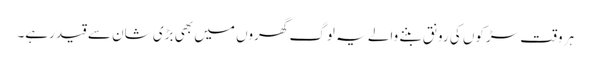
ہر وقت سڑکوں کی رونق بننے والے یہ لوگ گھروں میں بھی بڑی شان سے قید رہے۔